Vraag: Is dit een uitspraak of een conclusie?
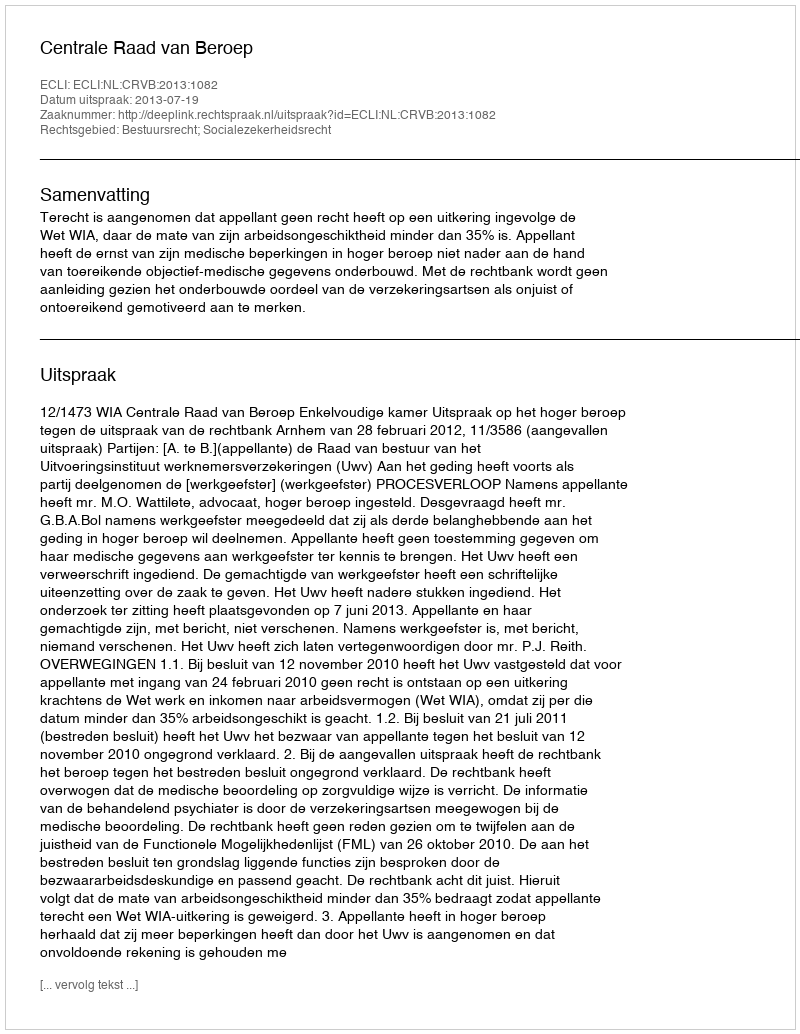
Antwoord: Uitspraak